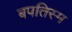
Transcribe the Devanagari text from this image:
बपतिस्म